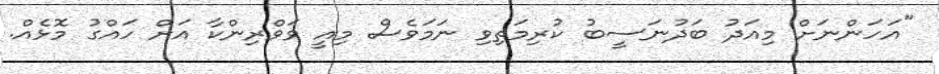
"އަހަންނަށް މިއަދު ބަދުނަސީބު ކުރިމަތިވި ނަމަވެސް މިއީ ވަވްރިންކާ އަށް ހައްގު މޮޅެއް.